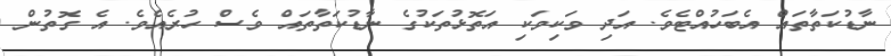
ނާޑުކަތާތައް އެބަހުއްޓެވެ. އަދި ވަކިވަކި އަތޮޅުތަކުގެ ނާޑުކަތާތައް ވެސް ހުރެއެވެ. އެ ގޮތުން